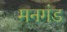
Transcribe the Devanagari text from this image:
मनगंड